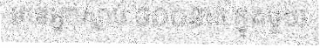
មានអ្នកស្លាប់ ៨០០នាក់ ក្នុងមួយ